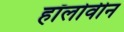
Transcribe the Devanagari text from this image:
हॉलोवीन